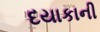
દયાકાની